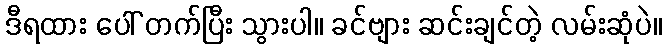
ဒီရထား ပေါ် တက်ပြီး သွားပါ။ ခင်ဗျား ဆင်းချင်တဲ့ လမ်းဆုံပဲ။